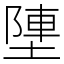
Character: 塦